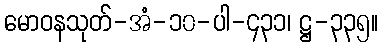
မောဝနသုတ်-အံ-၁၀-ပါ-၄၃၁၊ ဋ္ဌ-၃၃၅။